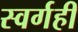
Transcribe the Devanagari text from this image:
स्वर्गही